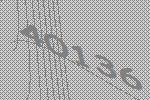
40136